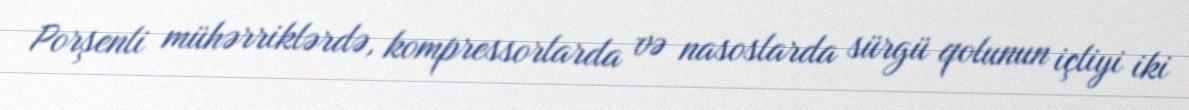
Porşenli mühərriklərdə, kompressorlarda və nasoslarda sürgü qolunun içliyi iki